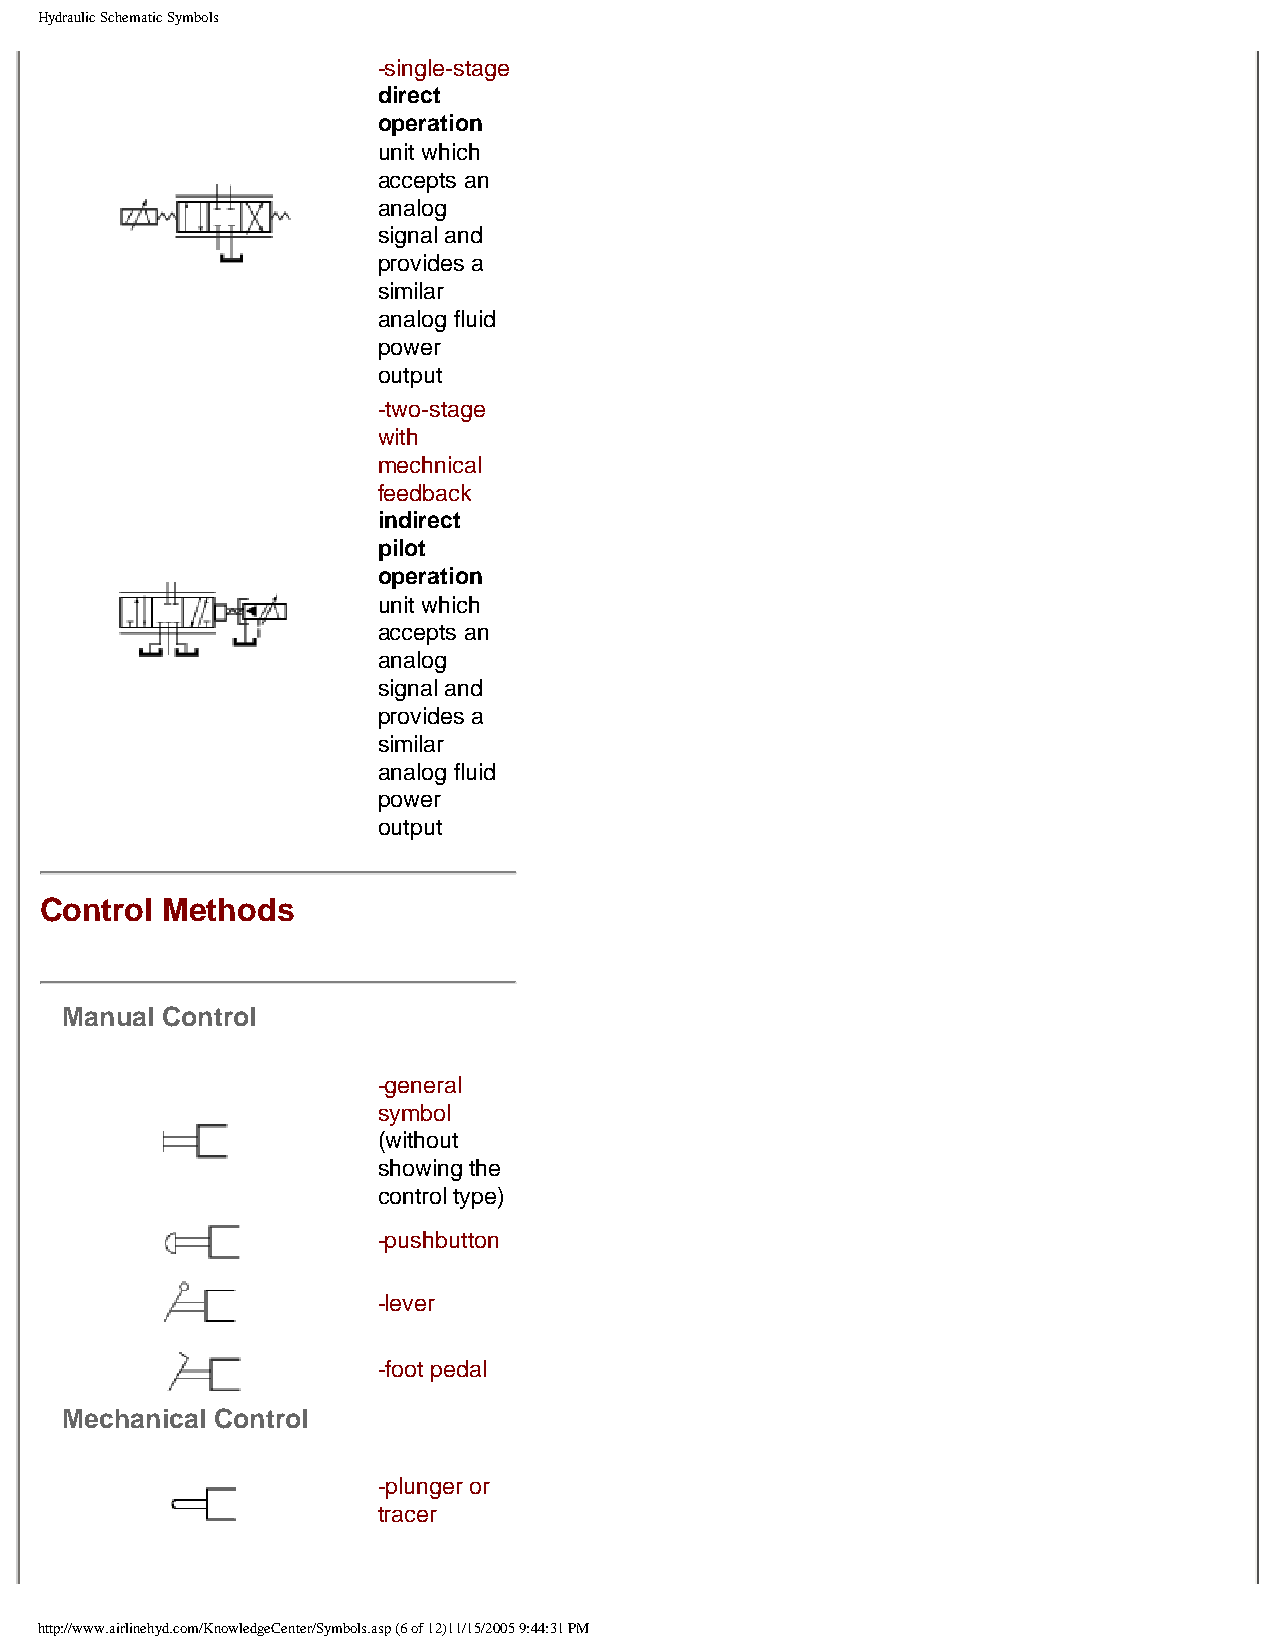
Hydraulic Schematic Symbols
 -single-stage
 direct
 operation
 unit which
 accepts an
 analog
 signal and
 provides a
 similar
 analog fluid
 power
 output
 -two-stage
 with
 mechnical
 feedback
 indirect
 pilot
 operation
 unit which
 accepts an
 analog
 signal and
 provides a
 similar
 analog fluid
 power
 output
 Control Methods
 Manual Control
 -general
 symbol
 (without
 showing the
 control type)
 -pushbutton
 -lever
 -foot pedal
 Mechanical Control
 -plunger or
 tracer
 http://www.airlinehyd.com/KnowledgeCenter/Symbols.asp (6 of 12)11/15/2005 9:44:31 PM